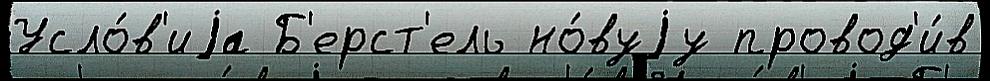
Усло́в'иjа Б'ерст'ель но́вуjу провод'и́в